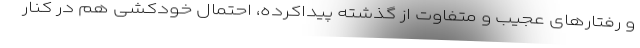
و رفتارهای عجیب و متفاوت از گذشته پیداکرده، احتمال خودکشی هم در کنار